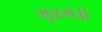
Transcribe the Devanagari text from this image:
मूळमंत्री